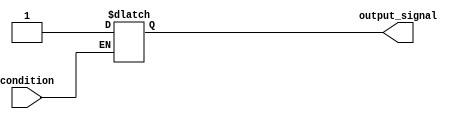
module WaitCondition (
    input wire condition,        // Input condition to monitor
    output reg output_signal     // Output signal reflecting post-condition state
);

    // Initial state of output_signal
    initial begin
        output_signal = 1'b0;   // Default state
    end

    // Always block to monitor the condition
    always @(*) begin
        // Wait until the condition is true
        if (condition) begin
            // Condition met, perform desired operations
            output_signal = 1'b1; // Example operation: set output_signal to true
            // Additional logic can be added here
        end else begin
            // Condition not met, hold the output_signal
            output_signal = output_signal; // Maintain current state
        end
    end

endmodule